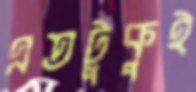
এতটুকুই